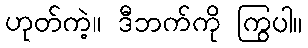
ဟုတ်ကဲ့။ ဒီဘက်ကို ကြွပါ။